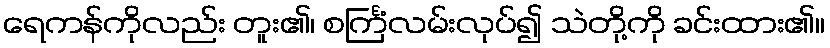
ရေကန်ကိုလည်း တူး၏၊ စင်္ကြံလမ်းလုပ်၍ သဲတို့ကို ခင်းထား၏။